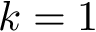
k = 1